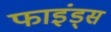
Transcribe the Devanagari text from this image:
फाइंड्स